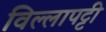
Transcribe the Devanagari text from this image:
विल्लापट्टी